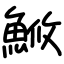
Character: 䱔